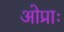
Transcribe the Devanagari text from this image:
ओप्राः